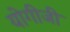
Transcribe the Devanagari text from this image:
योगीजी